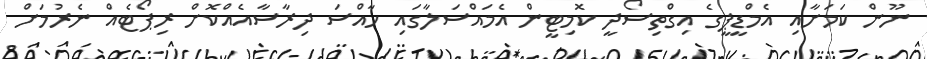
ނޫން ކަމަށާއި އެމްޑީޕީގެ އިގްތިސޯދީ ކޮމިޓީން އެމައްސަލާގައި ހާއްސަ ދިރާސާއެއްކޮށް ރިޕޯޓެއް ނެރުމަށް